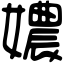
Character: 𡢿